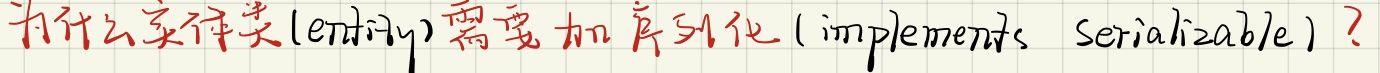
为什么实体类(entity)需要加序列化(implements Serializable)？